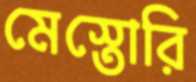
মেস্তোরি